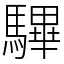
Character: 驆